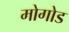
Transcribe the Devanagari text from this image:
मोगोड